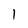
Character: 1